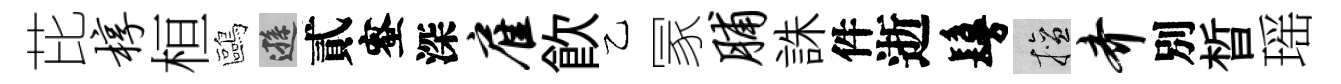
芘椁桓鷗遜貳蜜深雇飮乙冡脯誅件逝鬘擅齐別晳瑶